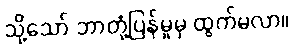
သို့သော် ဘာတုံ့ပြန်မှုမှ ထွက်မလာ။